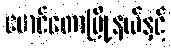
မောင်တောမြို့နယ်နှင့်